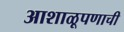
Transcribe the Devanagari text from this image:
आशाळूपणाची